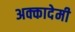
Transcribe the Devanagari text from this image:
अक्कादेमी